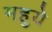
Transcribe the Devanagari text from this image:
महुये